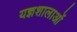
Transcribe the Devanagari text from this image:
यज्ञशालाओं